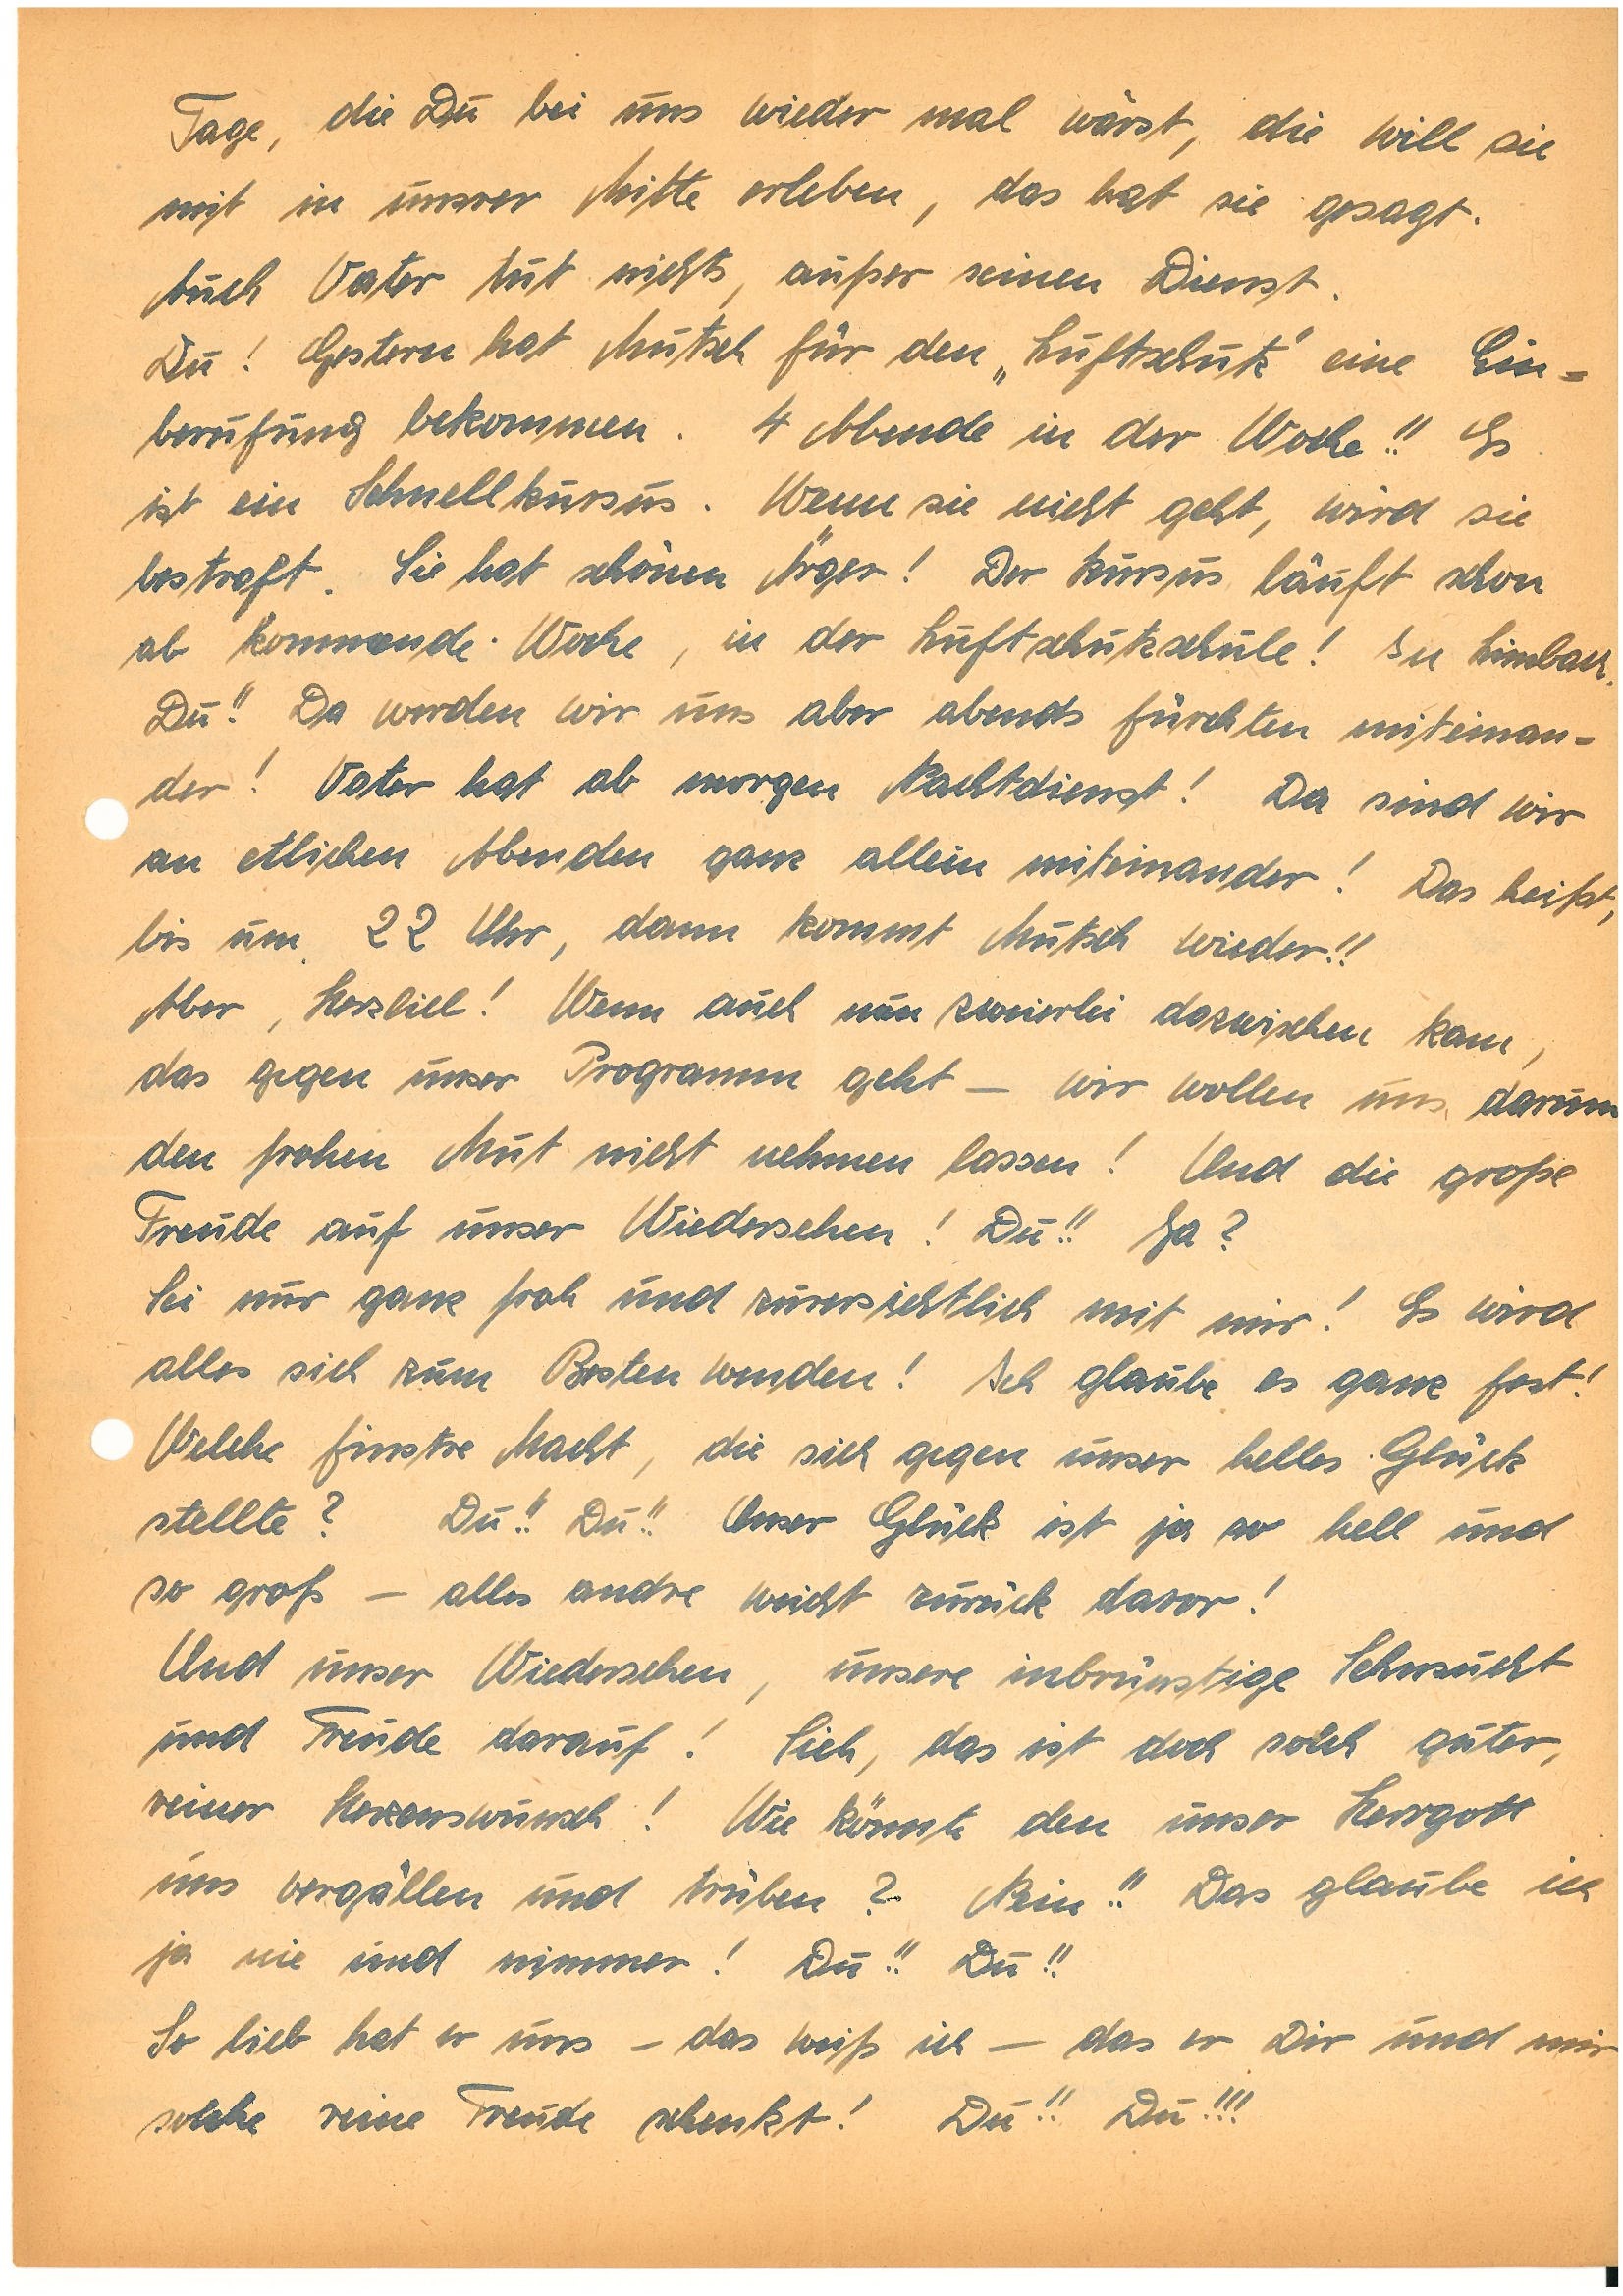
Tage, die Du bei uns wieder mal wärst, die will sie
mit in unsrer Mitte erleben, das hat sie gesagt.
Auch Vater tut nichts, außer seinen Dienst.
Du! Gestern hat Mutsch für den „Luftschutz“ eine Ein¬
berufung bekommen. 4 Abende in der Woche!! Es
ist ein Schnellkursus. Wenn sie nicht geht, wird sie
bestraft. Sie hat schönen Ärger! Der Kursus läuft schon
ab kommende Woche, in der Luftschutzschule! In L.
Du!! Da werden wir uns aber abends fürchten miteinan¬
der! Vater hat ab morgen Nachtdienst! Da sind wir
an etlichen Abenden ganz allein miteinander! Das heißt,
bis um 22 Uhr, dann kommt Mutsch wieder!!
Aber, Herzlieb! Wenn auch nun zweierlei dazwischen kam,
das gegen unser Programm geht – wir wollen uns darum
den frohen Mut nicht nehmen lassen! Und die große
Freude auf unser Wiedersehen! Du!! Ja?
Sei nur ganz froh und zuversichtlich mit mir! Es wird
alles sich zum Besten wenden! Ich glaube es ganz fest!
Welche finstre Macht, die sich gegen unser helles Glück
stellte? Du!! Du!! Unser Glück ist ja so hell und
so groß – alles andre weicht zurück davor!
Und unser Wiedersehen, unsere inbrünstige Sehnsucht
und Freude darauf! Sieh, das ist doch solch guter,
reiner Herzenswunsch! Wie könnte den unser Herrgott
uns vergällen und trüben? Nein!! Das glaube ich
ja nie und nimmer! Du!! Du!!
So lieb hat er uns – das weiß ich – das er Dir und mir
solche reine Freude schenkt! Du!! Du!!!